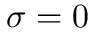
\sigma = 0